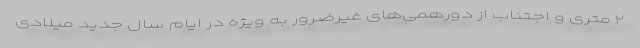
۲ متری و اجتناب از دورهمی‌های غیرضرور به ویژه در ایام سال جدید میلادی